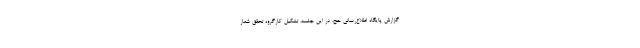
گزارش پایگاه اطلاع‌رسانی حج، در این جلسه، تشکیل کارگروه تحقق شعار